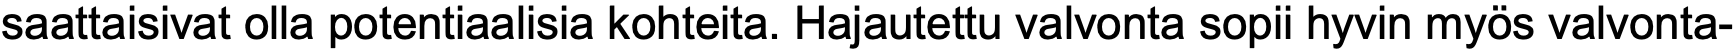
saattaisivat olla potentiaalisia kohteita. Hajautettu valvonta sopii hyvin myös valvonta-